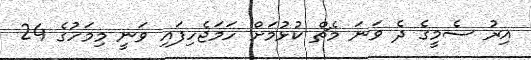
އިރު ސެމީގެ ދެ ވަނަ މެޗް ކުޅުމަށް ހަމަޖެހިފައި ވަނީ މިމަހުގެ 24